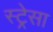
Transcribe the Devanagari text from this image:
स्ट्रेसा